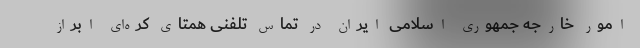
امور خارجه جمهوری اسلامی ایران در تماس تلفنی همتای کره‌ای‌ ابراز